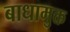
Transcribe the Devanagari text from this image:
बाधामुक्त